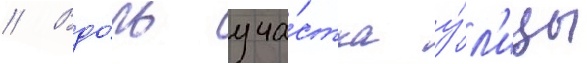
// Вдо́ль уча́стка у́л'ицы